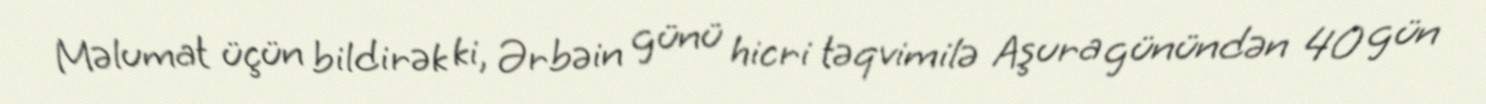
Məlumat üçün bildirək ki, Ərbəin günü hicri təqvimilə Aşura günündən 40 gün